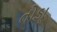
તોડાૢ